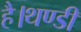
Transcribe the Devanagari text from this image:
है।थण्डी